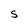
Character: S